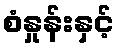
စံနှုန်းနှင့်